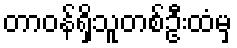
တာဝန်ရှိသူတစ်ဦးထံမှ